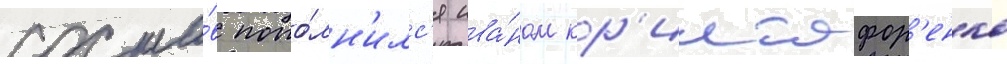
соста́в попо́лн'илс'я ива́ном кр'иштофор'енко